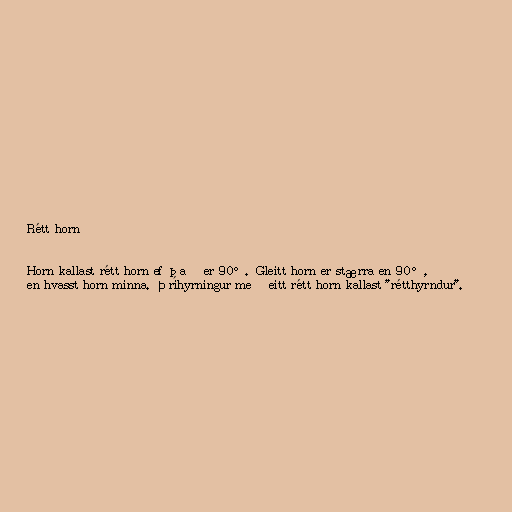
Rétt horn

Horn kallast rétt horn ef það er 90°. Gleitt horn er stærra en 90°,
en hvasst horn minna. Þríhyrningur með eitt rétt horn kallast "rétthyrndur".